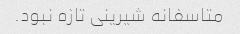
متاسفانه شیرینی تازه نبود.